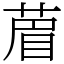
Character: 葿